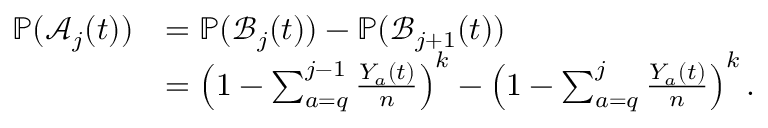
\begin{array} { r l } { \mathbb { P } ( \mathcal { A } _ { j } ( t ) ) } & { = \mathbb { P } ( \mathcal { B } _ { j } ( t ) ) - \mathbb { P } ( \mathcal { B } _ { j + 1 } ( t ) ) } \\ & { = \left( 1 - \sum _ { a = q } ^ { j - 1 } \frac { Y _ { a } ( t ) } { n } \right) ^ { k } - \left( 1 - \sum _ { a = q } ^ { j } \frac { Y _ { a } ( t ) } { n } \right) ^ { k } . } \end{array}